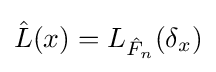
{\hat {L}}(x)=L_{{\hat {F}}_{n}}(\delta _{x})